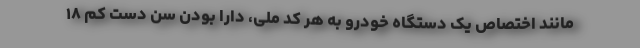
مانند اختصاص یک دستگاه خودرو به هر کد ملی، دارا بودن سن دست کم ۱۸